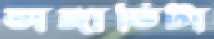
ভাঙ্গাভিটা